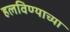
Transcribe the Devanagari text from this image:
हलविण्याच्या